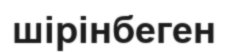
шірінбеген